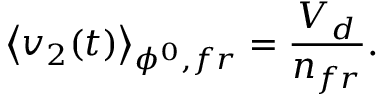
\left\langle v _ { 2 } ( t ) \right\rangle _ { \phi ^ { 0 } , f r } = \frac { V _ { d } } { n _ { f r } } .